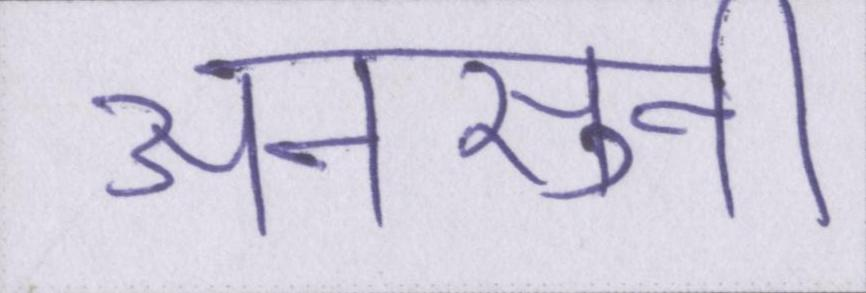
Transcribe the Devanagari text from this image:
अनसुनी